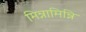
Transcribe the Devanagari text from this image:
मिन्नामिन्नि